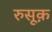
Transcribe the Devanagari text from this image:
रुसूक़